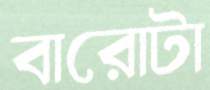
বারোটা